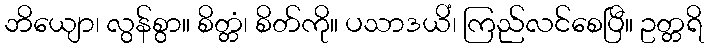
ဘိယျော၊ လွန်စွာ။ စိတ္တံ၊ စိတ်ကို။ ပသာဒယိံ၊ ကြည်လင်စေပြီ။ ဥတ္တရိ